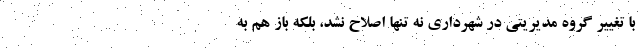
با تغییر گروه مدیریتی در شهرداری نه تنها اصلاح نشد، بلکه باز هم به